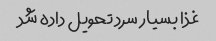
غذا بسیار سرد تحویل داده شد